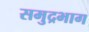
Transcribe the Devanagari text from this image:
समुद्रभाग